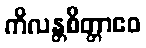
ကိလန္တစိတ္တာဧဝ